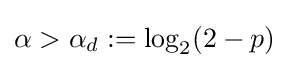
\alpha >\alpha _{d}:=\log _{2}(2-p)